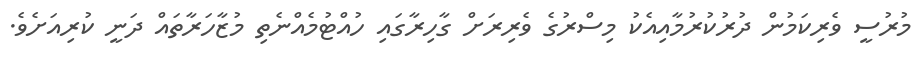
މުރުސީ ވެރިކަމުން ދުރުކުރުމާއިއެކު މިސްރުގެ ވެރިރަށް ގާހިރާގައި ހުއްޓުމެއްނެތި މުޒާހަރާތައް ދަނީ ކުރިއަށެވެ.